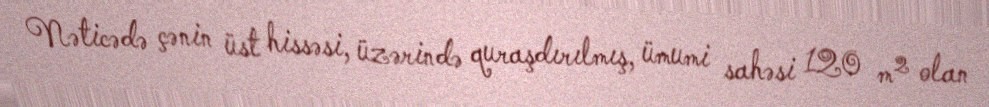
Nəticədə çənin üst hissəsi, üzərində quraşdırılmış, ümumi sahəsi 120 m² olan